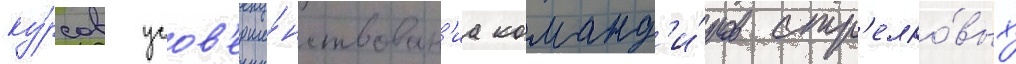
ку́рсов усов'ерше́нствован'иа команд'и́ров стр'елко́вых